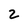
Character: 2